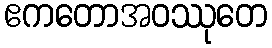
ဧကတောအဝဿုတေ